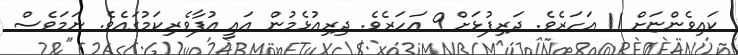
ކައިވެންޏަށް 11 އަހަރެވެ. ދަރިފުޅަށް 9 އަހަރެވެ. ދިރިއުޅެމުން އައީ އުފާވެރިކަމުގައެވެ. ނަމަވެސް